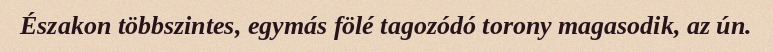
Északon többszintes, egymás fölé tagozódó torony magasodik, az ún.